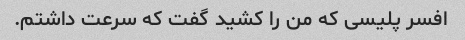
افسر پلیسی که من را کشید گفت که سرعت داشتم.